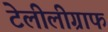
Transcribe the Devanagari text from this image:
टेलीलीग्राफ